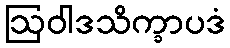
ဩဝါဒသိက္ခာပဒံ